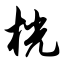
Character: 桄